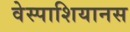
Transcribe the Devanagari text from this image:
वेस्पाशियानस